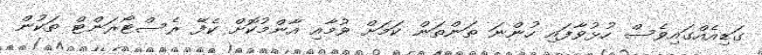
ގަޑިއެއްގައިވެސް ހުޅުވާފައި ހުންނަ ތަންތަން ކަމަށް ވުމާއި އާންމުކޮށް ކެފޭ ރެސްޓޯރަންޓް ތަކުން